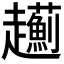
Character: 𧾯